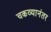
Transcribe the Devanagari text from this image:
चकव्यानंतर